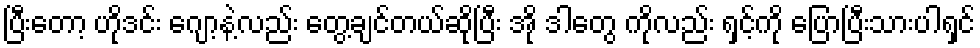
ပြီးတော့ ဟိုဒင်း ဂျော့နဲ့လည်း တွေ့ချင်တယ်ဆိုပြီး အို ဒါတွေ ကိုလည်း ရှင့်ကို ပြောပြီးသားပါရှင်